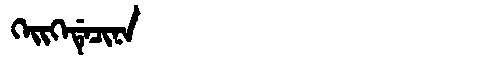
Manchu: ᡴᡝᡳᡴᡝᡩᡝᠴᡳᠨᠠ
Romanization: KEIKEDECINA